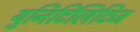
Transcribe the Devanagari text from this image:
युनिटिलिटिज